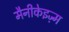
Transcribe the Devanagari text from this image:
मैनीकेइज़्म